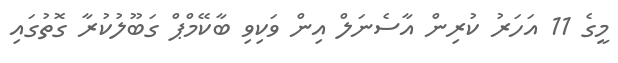
މީގެ 11 އަހަރު ކުރިން އާސެނަލް އިން ވަކިވި ބާކޭމްޕް ގަބޫލުކުރާ ގޮތުގައި